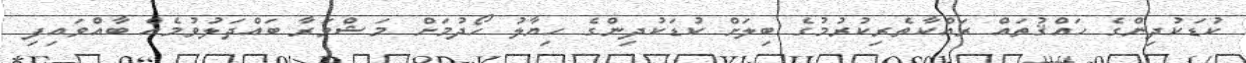
ކުޑަކުދިންގެ ހައްޤުތައް ރައްކާތެރިކުރުމުގެ ބިލަށް ކުޑަކުދިންގެ ހިޔާލު ހޯދުމަށް މަޝްވަރާ ބައްދަލުވުމެއް ބާއްވައިފި